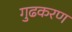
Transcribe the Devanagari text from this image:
गुढकरण